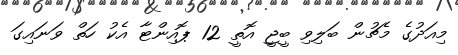
މިއަދުގެ މެޗުން ބަލިވި ބީޖީ އޮތީ 12 ޕޮއިންޓާ އެކު ހަތް ވަނައިގަ